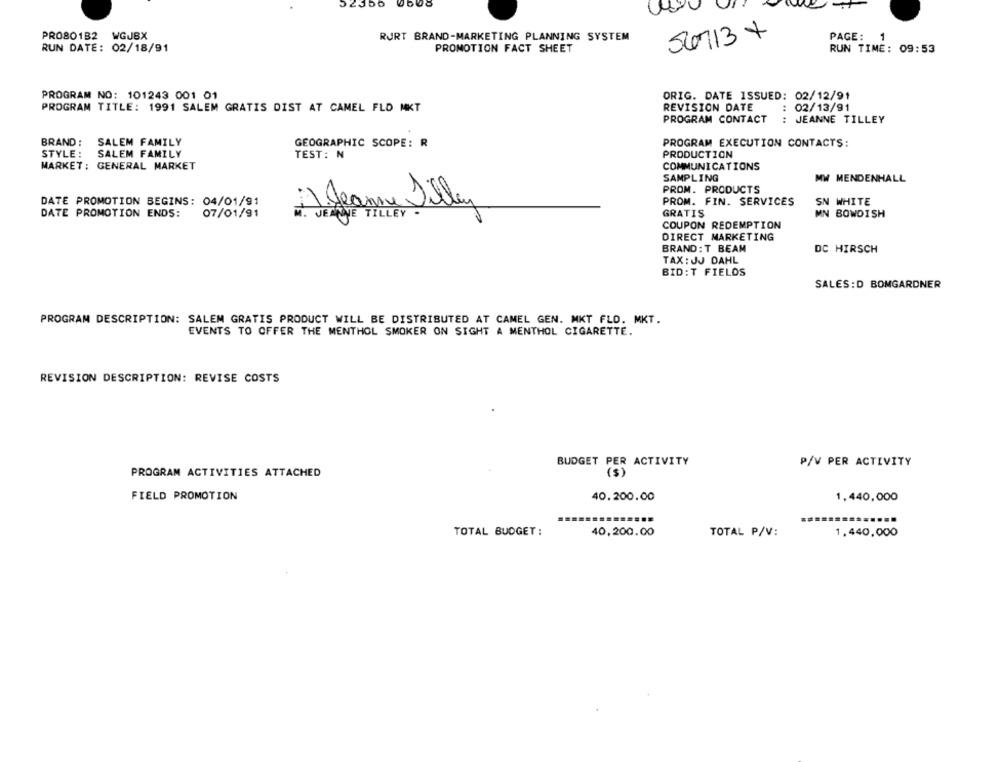
52350
PRO8O132 WGJBX
RURT BRAND-MARKETING PLANNING SYSTEM
56713 +
PAGE:
1
RUN DATE: 02/18/91
PROMOTION FACT SHEET
RUN TIME: 09:53
PROGRAM NO: 101243 001 01
ORIG. DATE ISSUED: 02/12/91
REVISION DATE
: 02/13/91
PROGRAM TITLE: 1991 SALEM GRATIS DIST AT CAMEL FLD MKT
PROGRAM CONTACT
:
JEANNE TILLEY
BRAND: SALEM FAMILY
GEOGRAPHIC SCOPE: R
PROGRAM EXECUTION CONTACTS:
STYLE: SALEM FAMILY
PRODUCTION
TEST: N
MARKET: GENERAL MARKET
COMMUNICATIONS
SAMPLING
MW MENDENHALL
PROM. PRODUCTS
DATE PROMOTION BEGINS: 04/01/91
PROM. FIN. SERVICES
SN WHITE
DATE PROMOTION ENDS:
07/01/91
GRATIS
MN BOWDISH
COUPON REDEMPTION
DIRECT MARKETING
BRAND: T BEAM
DC HIRSCH
TAX : JJ DAHL
BID:T FIELDS
SALES :D BOMGARDNER
PROGRAM DESCRIPTION: SALEM GRATIS PRODUCT WILL BE DISTRIBUTED AT CAMEL GEN. MKT FLD. MKT.
EVENTS TO OFFER THE MENTHOL SMOKER ON SIGHT A MENTHOL CIGARETTE.
REVISION DESCRIPTION: REVISE COSTS
BUDGET PER ACTIVITY
P/V PER ACTIVITY
(5)
PROGRAM ACTIVITIES ATTACHED
FIELD PROMOTION
40.200.00
1.440,000
TOTAL BUDGET:
40,200.00
TOTAL P/V:
1.440,000